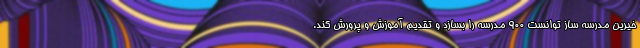
خیرین مدرسه ساز توانست ۹۰۰ مدرسه را بسازد و تقدیم آموزش و پرورش کند.